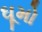
ઘૂમો